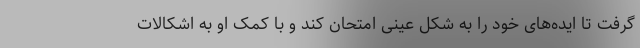
گرفت تا ایده‌های خود را به شکل عینی امتحان کند و با کمک او به اشکالات